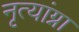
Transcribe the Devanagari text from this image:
नृत्यांग्ना